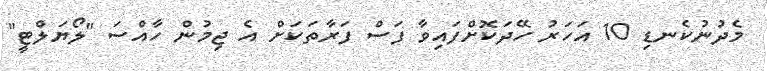
މެދުނުކެނޑި 10 އަހަރު ހޭދަކޮށްފައިވާ ފަސް ފަރާތަކަށް އެ ޖިމުން ހާއްސަ "ލޯޔަލްޓީ"